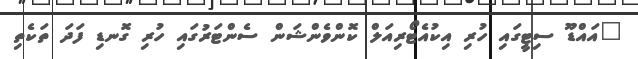
"އައްޑޫ ސިޓީގައި ހުރި އިކުއެޓޯރިއަލް ކޮންވެންޝަން ސެންޓަރުގައި ހުރި ގޮނޑި ފަދަ ތަކެތި